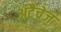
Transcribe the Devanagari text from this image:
अटैचेज